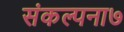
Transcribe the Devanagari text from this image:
संकल्पना७